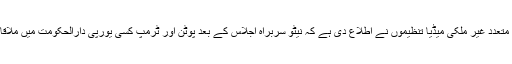
لیکن اس سے قبل متعدد غیر ملکی میڈیا تنظیموں نے اطلاع دی ہے کہ نیٹو سربراہ اجلاس کے بعد پوٹن اور ٹرمپ کسی یورپی دارالحکومت میں ملاقات کر سکتے ہیں۔